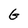
Character: G